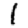
Digit: 1